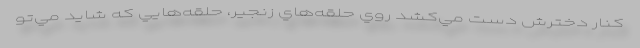
كنار دخترش دست مي‌كشد روي حلقه‌هاي زنجير، حلقه‌هايي كه شايد مي‌تو